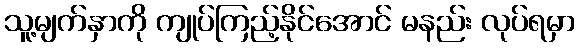
သူ့မျက်နှာကို ကျုပ်ကြည့်နိုင်အောင် မနည်း လုပ်ရမှာ